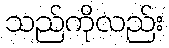
သည်ကိုလည်း